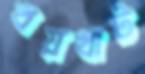
খয়খাট